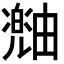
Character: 𪽠